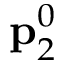
{ \bf p } _ { 2 } ^ { 0 }